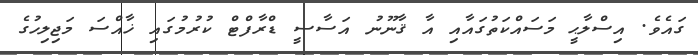
ގައެވެ. އިސްލާޙީ މަސައްކަތުގައާއި އާ ޤާނޫނު އަސާސީ ޑްރާފްޓް ކުރުމުގައި ޚާއްސަ މަޖިލިހުގެ